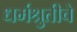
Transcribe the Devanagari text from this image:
धर्मश्रुतीचे